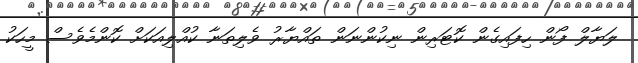
ލަޔާލް ފޯން ހިފައިގެން ކޮޓަރިން ނިކުންނަން ތައްޔާރު ވެލިތަނާ ކުއްލިއަކަށް ކޮންމެވެސް މީހަކު